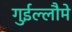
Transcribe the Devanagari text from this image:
गुईल्लौमे